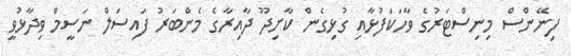
ފިނޭންސް މިނިސްޓަރުގެ ވާހަކަފުޅާއި ގުޅިގެން ކާށިދޫ ދާއިރާގެ މެންބަރު ފައިސަލް ނަސީމް ވިދާޅުވީ